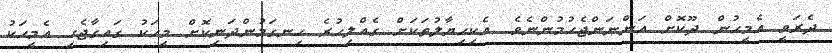
ދެރަވީ އެމީހުން ދޫކޮށް އަންނަންޖެހުުމުންނެވެ. އެކިހިޔާލުތަކަށް ގެއްލިހުރެ ހިނގަމުންދަނިކޮށް މީހަކު ގައިގާޖެހި އެމީހަކު